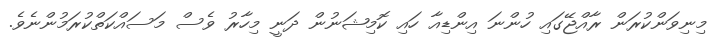
މިނިވަންކުރަން ރާއްޖޭގައި ހުންނަ އިންޑިއާ ހައި ކޮމިޝަނުން ދަނީ މިހާރު ވެސް މަސައްކަތްކުރަމުންނެވެ.